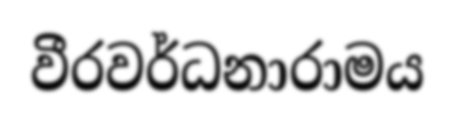
වීරවර්ධනාරාමය